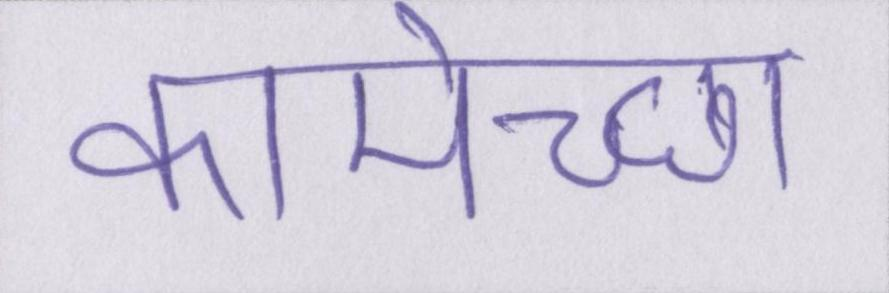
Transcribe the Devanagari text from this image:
कामेच्छा